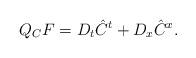
LaTeX: \begin{align*}Q_C F = D_t \hat C^t + D_x \hat C^x .\end{align*}